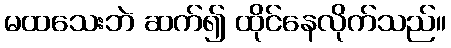
မထသေးဘဲ ဆက်၍ ထိုင်နေလိုက်သည်။